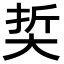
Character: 𡘭